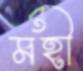
মহী